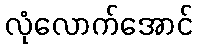
လုံလောက်အောင်